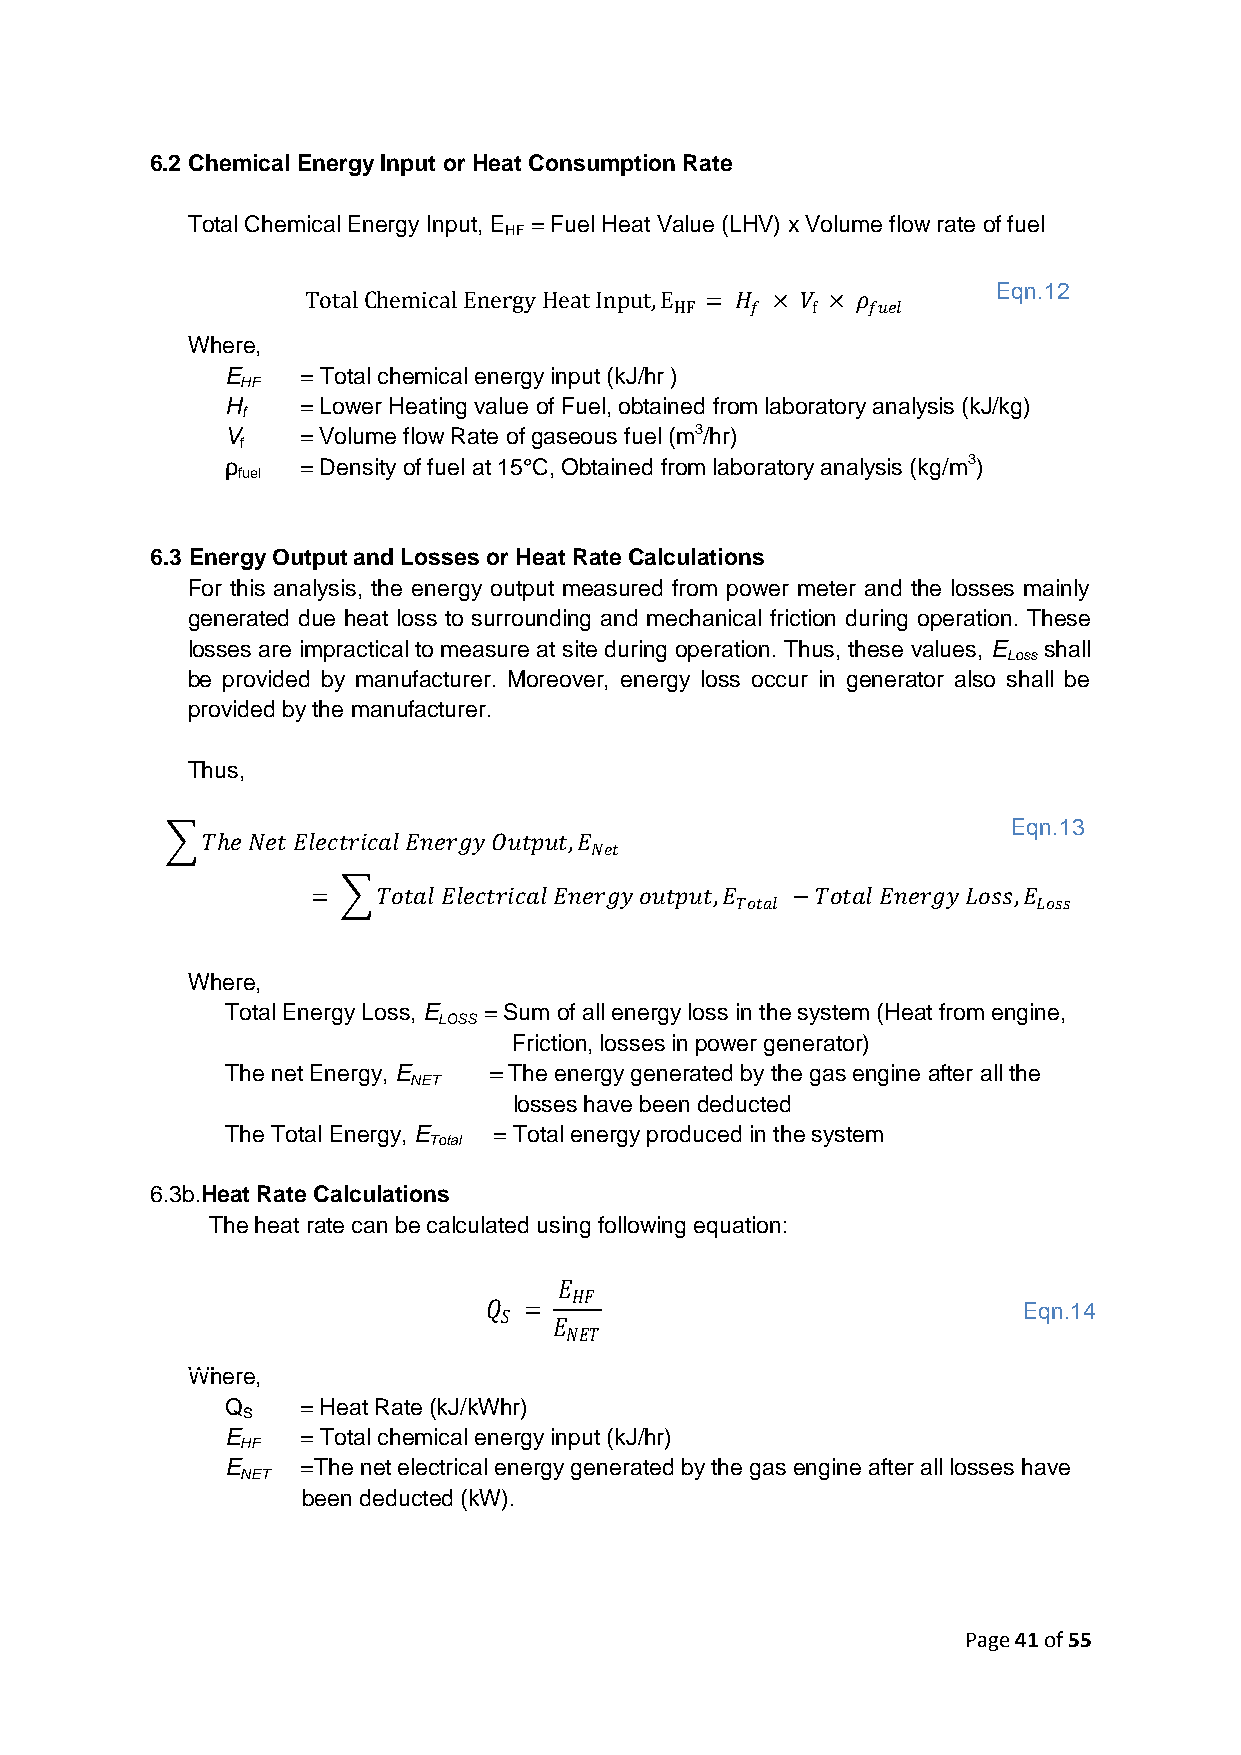
6.2 Chemical Energy Input or Heat Consumption Rate
 Total Chemical Energy Input, E = Fuel Heat Value (LHV) x Volume flow rate of fuel
 HF
 Eqn.12
 Total Chemical Energy Heat Input,E = 𝐻 × 𝑉 × 𝜌
 HF   𝑓   f  𝑓𝑢𝑒𝑙
 Where,
 E    = Total chemical energy input (kJ/hr )
 HF
 H    = Lower Heating value of Fuel, obtained from laboratory analysis (kJ/kg)
 f
 V    = Volume flow Rate of gaseous fuel (m3/hr)
 f
 ρ    = Density of fuel at 15°C, Obtained from laboratory analysis (kg/m3)
 fuel
 6.3 Energy Output and Losses or Heat Rate Calculations
 For this analysis, the energy output measured from power meter and the losses mainly
 generated due heat loss to surrounding and mechanical friction during operation. These
 losses are impractical to measure at site during operation. Thus, these values, E shall
 Loss
 be provided by manufacturer. Moreover, energy loss occur in generator also shall be
 provided by the manufacturer.
 Thus,
 Eqn.13
 𝑇𝑕𝑒 𝑁𝑒𝑡 𝐸𝑙𝑒𝑐𝑡𝑟𝑖𝑐𝑎𝑙 𝐸𝑛𝑒𝑟𝑔𝑦 𝑂𝑢𝑡𝑝𝑢𝑡,𝐸
 𝑁𝑒𝑡
 =   𝑇𝑜𝑡𝑎𝑙 𝐸𝑙𝑒𝑐𝑡𝑟𝑖𝑐𝑎𝑙 𝐸𝑛𝑒𝑟𝑔𝑦 𝑜𝑢𝑡𝑝𝑢𝑡,𝐸 −𝑇𝑜𝑡𝑎𝑙 𝐸𝑛𝑒𝑟𝑔𝑦 𝑜𝑠𝑠,𝐸
 𝑇𝑜𝑡𝑎𝑙               𝑜𝑠𝑠
 Where,
 Total Energy Loss, E = Sum of all energy loss in the system (Heat from engine,
 LOSS
 Friction, losses in power generator)
 The net Energy, E = The energy generated by the gas engine after all the
 NET
 losses have been deducted
 The Total Energy, E = Total energy produced in the system
 Total
 6.3b.Heat Rate Calculations
 The heat rate can be calculated using following equation:
 𝐸
 𝐻𝐹
 𝑄
 𝑆
 =                                Eqn.14
 𝐸
 𝑁𝐸𝑇
 Where,
 Q    = Heat Rate (kJ/kWhr)
 S
 E    = Total chemical energy input (kJ/hr)
 HF
 E    =The net electrical energy generated by the gas engine after all losses have
 NET
 been deducted (kW).
 Page 41 of 55